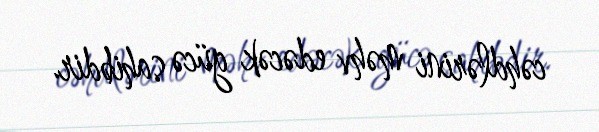
cəhdlərini məhv edəcək gücə sahibdir.